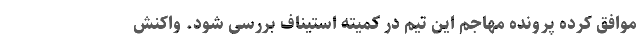
موافق کرده پرونده مهاجم این تیم در کمیته استیناف بررسی شود. واکنش